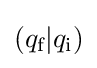
(q_{\text{f}}|q_{\text{i}})